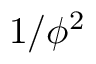
1 / \phi ^ { 2 }